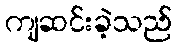
ကျဆင်းခဲ့သည်